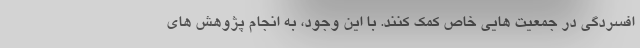
افسردگی در جمعیت هایی خاص کمک کنند. با این وجود، به انجام پژوهش های